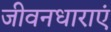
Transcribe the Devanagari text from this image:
जीवनधाराएं